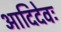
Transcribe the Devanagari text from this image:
आदिदेवः